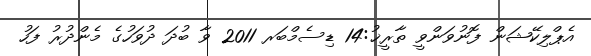
އެޕްލިކޭޝަން ފޮނުވަންވީ ތާރީޚު:14 ޑިސެމްބަރ 2011 ވާ ބުދަ ދުވަހުގެ މެންދުރު ފަހު